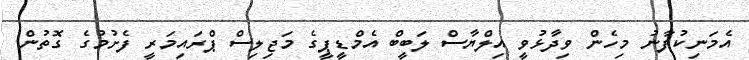
އެމަނިކުފާނު މިހެން ވިދާޅުވީ އިލްޔާސް ލަބީބް އެމްޑީޕީގެ މަޖިލިސް ޕްރައިމަރީ ފެށުމުގެ ގޮތުން